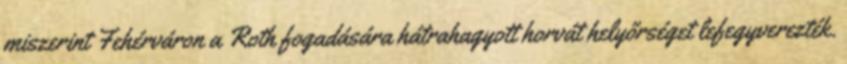
miszerint Fehérváron a Roth fogadására hátrahagyott horvát helyőrséget lefegyverezték.